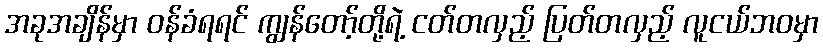
အခုအချိန်မှာ ဝန်ခံရရင် ကျွန်တော့်တို့ရဲ့ ငတ်တလှည့် ပြတ်တလှည့် လူငယ်ဘဝမှာ